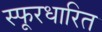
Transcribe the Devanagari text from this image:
स्फूरधारित